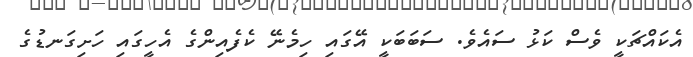
އެކައްޗަކީ ވެސް ކަޅު ސައެވެ. ސަބަބަކީ އޭގައި ހިމެނޭ ކެފެއިންގެ އެހީގައި ހަށިގަނޑުގެ